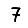
Digit: 7